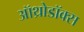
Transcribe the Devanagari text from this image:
ऑथ्रोडॉक्स